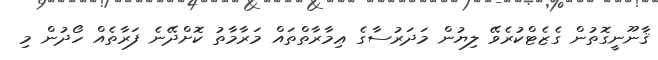
ޤާނޫނީގޮތުން ގެޒެޓްކުރެވޭ ލިޔުން މަދަރުސާގެ ޢިމާރާތްތައް މަރާމާތު ކޮށްދޭނެ ފަރާތެއް ހޯދުން މި